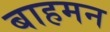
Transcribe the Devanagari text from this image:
बाहमन